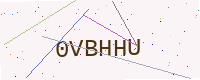
Text: 0VBHHU